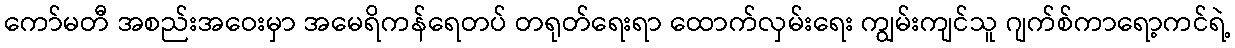
ကော်မတီ အစည်းအဝေးမှာ အမေရိကန်ရေတပ် တရုတ်ရေးရာ ထောက်လှမ်းရေး ကျွမ်းကျင်သူ ဂျက်စ်ကာရော့ကင်ရဲ့